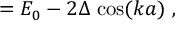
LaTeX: = E _ { 0 } - 2 \Delta \, \cos ( k a ) \ ,